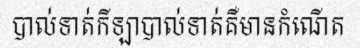
បាល់ទាត់កីឡាបាល់ទាត់គឺមានកំណើត